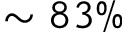
\sim 8 3 \%